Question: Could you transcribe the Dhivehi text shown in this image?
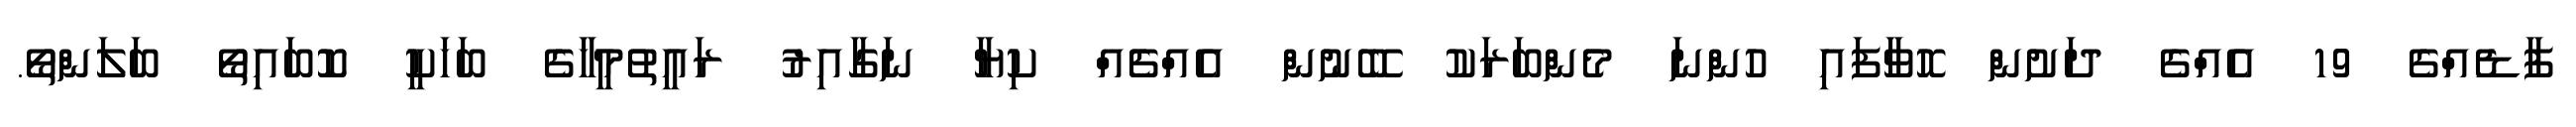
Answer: ފާޑެއްގެ 19 އެއްގެ ދަށުން ހޮވާފައި ހުންނަ މެންބަރަކު ބޭނުން އެއްޗެއް ކިޔާ ނަގާއިރު ރައީތުމީހާގެ ބަހަކީ ކޮބައިތޯ ބަލަންތޯ.